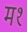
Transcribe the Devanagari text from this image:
म१